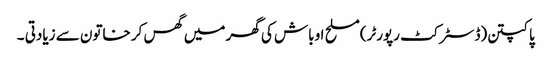
پاکپتن(ڈسٹر کٹ رپورٹر)مسلح اوباش کی گھر میں گھس کر خاتون سے زیادتی ۔